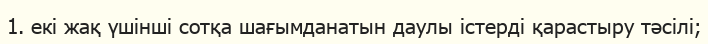
1. екі жақ үшінші сотқа шағымданатын даулы істерді қарастыру тәсілі;